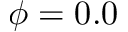
\phi = 0 . 0